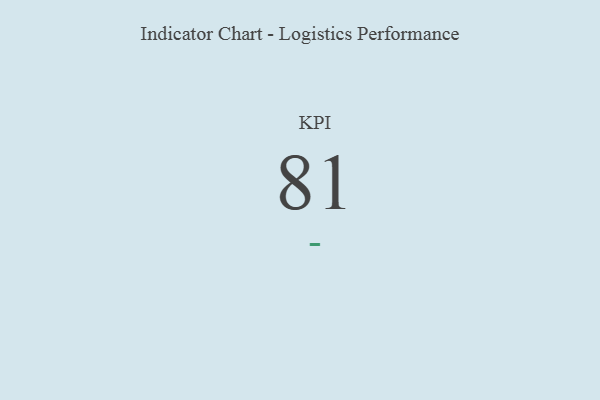
{"axis": {"x": "KPI", "y": "Value"}, "legend": [""], "data": [{"x": "KPI", "y": 81, "type": ""}]}